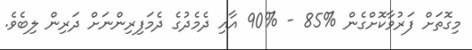
މިގޮތަށް ފަރުވާކޮށްގެން %85 - %90 އާއި ދެމެދުގެ ދެމަފިރިންނަށް ދަރިން ލިބެެވެ.